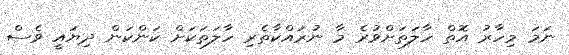
ނަމަ މިހާރު އޮތް ހާލަތަށްވުރެ މާ ނުރައްކާތެރި ހާލަތަކަށް ކަންކަން ދިޔައީ ވެސް